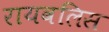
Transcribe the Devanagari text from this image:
रायवलिस